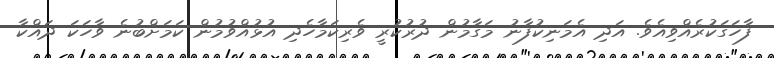
ފާހަގަކުރެއްވިއެވެ. އަދި އެމަނިކުފާނު މަގާމުން ދުރުކުރީ ވެރިކަމާހެދި އުޅުއްވުމުން ކަމަށްބުނެ ވާހަކަ ދައްކާ